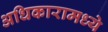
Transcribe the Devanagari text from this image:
अधिकारामध्ये